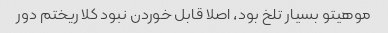
موهیتو بسیار تلخ بود، اصلا قابل خوردن نبود کلا ریختم دور